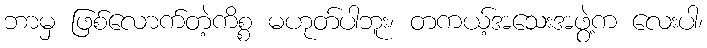
ဘာမှ ဖြစ်လောက်တဲ့ကိစ္စ မဟုတ်ပါဘူး၊ တကယ့်အသေးအဖွဲ့က လေးပါ၊